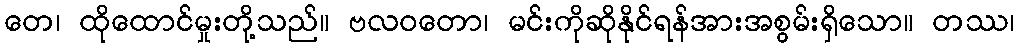
တေ၊ ထိုထောင်မှုးတို့သည်။ ဗလဝတော၊ မင်းကိုဆိုနိုင်ရန်အားအစွမ်းရှိသော။ တဿ၊